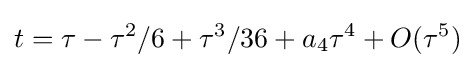
t=\tau -\tau ^{2}/6+\tau ^{3}/36+a_{4}\tau ^{4}+O(\tau ^{5})